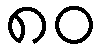
၈၀